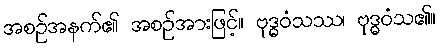
အစဉ်အနက်၏ အစဉ်အားဖြင့်။ ဗုဒ္ဓဝံသဿ၊ ဗုဒ္ဓဝံသ၏။